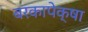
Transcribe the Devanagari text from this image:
बरकापेक्षा